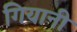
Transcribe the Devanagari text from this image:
गियानी